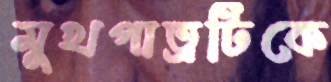
মুখপাত্রটিকে